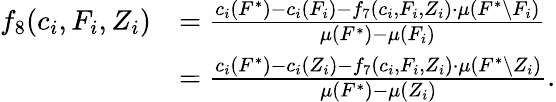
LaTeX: \begin{array}{rl}{f_{8}(c_{i},F_{i},Z_{i})}&{=\frac{c_{i}(F^{*})-c_{i}(F_{i})-f_{7}(c_{i},F_{i},Z_{i})\cdot\mu(F^{*}\setminus F_{i})}{\mu(F^{*})-\mu(F_{i})}}\\ {}&{=\frac{c_{i}(F^{*})-c_{i}(Z_{i})-f_{7}(c_{i},F_{i},Z_{i})\cdot\mu(F^{*}\setminus Z_{i})}{\mu(F^{*})-\mu(Z_{i})}.}\end{array}